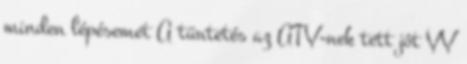
minden lépésemet A tüntetés az ATV-nek tett jót VV